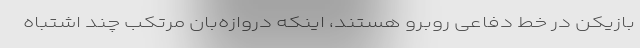
بازیکن در خط دفاعی روبرو هستند، اینکه دروازه‌بان مرتکب چند اشتباه